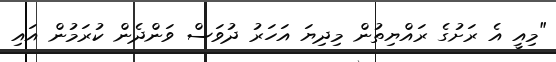
"މިއީ އެ ރަށުގެ ރައްޔިތުން މިދިޔަ އަހަރު ދުވަސް ވަންދެން ކުރަމުން އައި